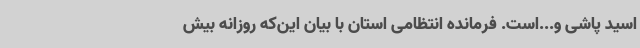
اسید پاشی و...است. فرمانده انتظامی استان با بیان این‌که روزانه بیش